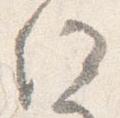
住